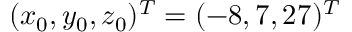
( x _ { 0 } , y _ { 0 } , z _ { 0 } ) ^ { T } = ( - 8 , 7 , 2 7 ) ^ { T }